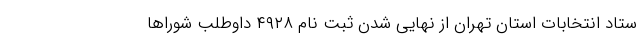
ستاد انتخابات استان تهران از نهایی شدن ثبت نام ٤٩٢٨ داوطلب شوراها